Accounts of Education Authorities, 1919
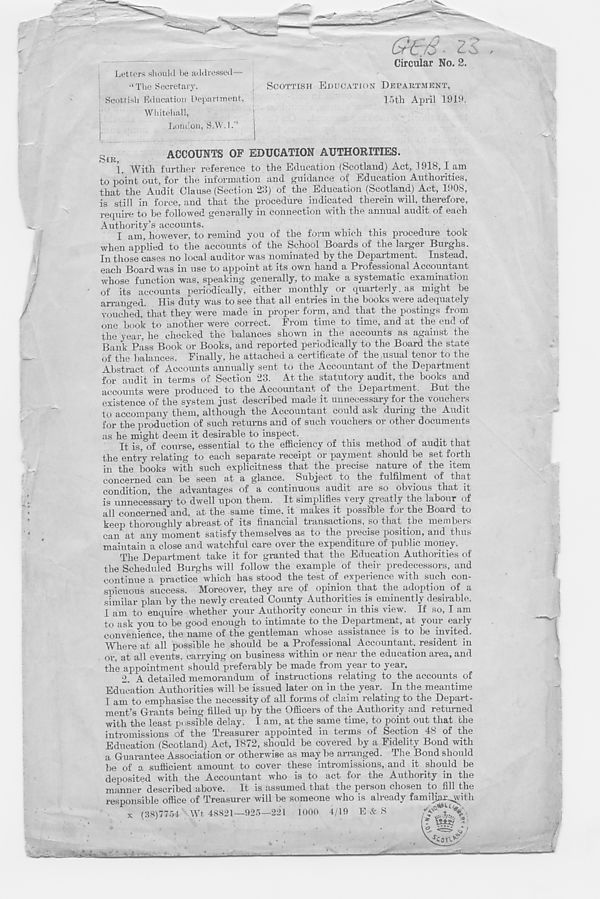
/
<r*.
Letters should be addressed—
“ The Secretary,
Scottish Education Department,
Whitehall,
London, S.W.I.'’
>'C7/0 •
Circular No. 2.
SCOTTISH EDUCATION DEPARTMENT,
15th April 1919.
ACCOUNTS OF EDUCATION AUTHORITIES.
1. With further reference to the Education (Scotland) Act, 1918, I am
to point out, for the information and guidance of Education Authorities,
that the Audit Clause (Section 23) of the Education (Scotland) Act, 1908,
is still in force, and that the procedure indicated therein will, therefore,
require to be followed generally in connection with the annual audit of each
Authority’s accounts.
I am, however, to remind you of the form which this procedure took
when applied to the accounts of the School Boards of the larger Burghs.
In those cases no local auditor was nominated by the Department. Instead,
each Board was in use to appoint at its own hand a Professional Accountant
whose function was, speaking generally, to make a systematic examination
of its accounts periodically, either monthly or quarterly. as might be
arranged. His duty was to see that all entries in the books were adequately
vouched, that they were made in proper form, and that the postings froic
one book to another were correct. From time to time, and at the end of
the year, he checked the balances shown in the accounts as against the
Bank Pass Book or Books, and reported periodically to the Board the state
of the balances. Finally, he attached a certificate of the usual tenor to the
Abstract of Accounts annually sent to the Accountant of the Department
for audit in terms of Section 23. At the statutory audit, the books and
accounts were produced to the Accountant of the Department. But the
existence of the system just described made it unnecessary for the vouchers
to accompany them, although the Accountant could ask during the Audit
for the production of such returns and of such vouchers or other documents
as he might deem it desirable to inspect.
It is, of course, essential to the efficiency of this method of audit that
the entry relating to each separate receipt or payment should be set forth
in the books with such explicitness that the precise nature of the item
concerned can be seen at a glance. Subject to the fulfilment of that
condition, the advantages of a continuous audit are so obvious that it
is unnecessary to dwell upon them. It simplifies very greatly the labour of
all concerned and, at the same time, it makes it possible toi the Boaid to
keep thoroughly abreast of its financial transactions, iso that the members
can at any moment satisfy themselves as to the precise position, and thus
maintain a close and watchful care over the expenditure of public money.
The Department take it for granted that the Education Authorities of
the Scheduled Burghs will follow the example of their predecessors, and
continue a practice which has stood the test of experience with such con-
spicuous success. Moreover, they are of opinion that the adoption of a
similar plan by the newly created County Authorities is eminently desirable.
I am to enquire whether your Authority concur in this view. If so, I am
to ask you to lie good enough to intimate to the Department, at your early
convenience, the name of the gentleman whose assistance is to be invited.
Where at all possible he should be a Professional Accountant, resident in
or. at all events, carrying on business within or near the education area, and
the appointment should preferably be made from year to year.
2. A detailed memorandum of instructions relating to the accounts of
Education Authorities will be issued later on in the year. In the meantime
I am to emphasise the necessity of all forms of claim relating to the Depart-
ment’s Grants being filled up by the Officers of the Authority and returned
with the least possible delay. I am, at the same time, to point out that die
intromissions of the Treasurer appointed in terms of Section 48 of the
Education (Scotland) Act, 1872, should be covered by a Fidelity Bond with
a Guarantee Association or otherwise as may be arranged. The Bond should
be of a sufficient amount to cover these intromissions, and it should be
deposited with the Accountant who is to act for the Authority in the
manner described above.
It is assumed that the person chosen to fill the
responsible office of Treasurer will be someone who is already familjax^with
x (38)7754 Wt 48821—925—221 1000 4/19 E&S